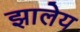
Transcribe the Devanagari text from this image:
झालेय